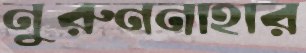
নুরুননাহার